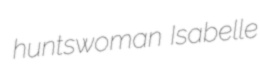
huntswoman Isabelle